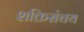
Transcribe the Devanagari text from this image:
शक्तिसंचय